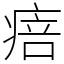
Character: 㾦